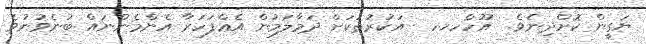
ޔަގީން ކޮށްދިނެވެ.  އޫހްހހހ  އަކުރުތަކަށް ދަމާލަމުން އެޢްފަހަރާ އެންމެންނައް ބުނެވުނުވެ